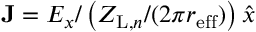
\mathbf { J } = E _ { x } / \left( Z _ { \mathrm { L } , n } / ( 2 \pi r _ { \mathrm { e f f } } ) \right) \hat { x }